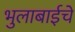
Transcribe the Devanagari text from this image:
भुलाबाईचे